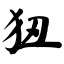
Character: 狃